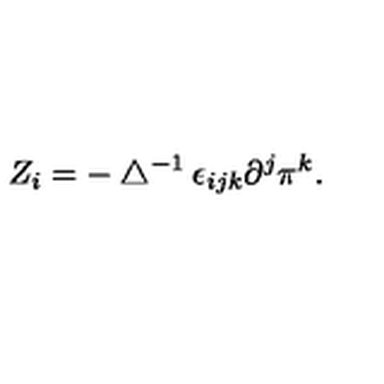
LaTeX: Z _ { i } = - \bigtriangleup ^ { - 1 } \epsilon _ { i j k } \partial ^ { j } \pi ^ { k } .